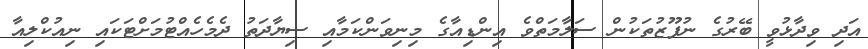
އަދި ވިދާޅުވީ ބޭރުގެ ނުފޫޒުތަކުން ސަލާމަތްވެ އިންޑިއާގެ މިނިވަންކަމާއި ސިޔާދަތު ދެމެހެއްޓުމަށްޓަކައި ނިއުކްލިއާ